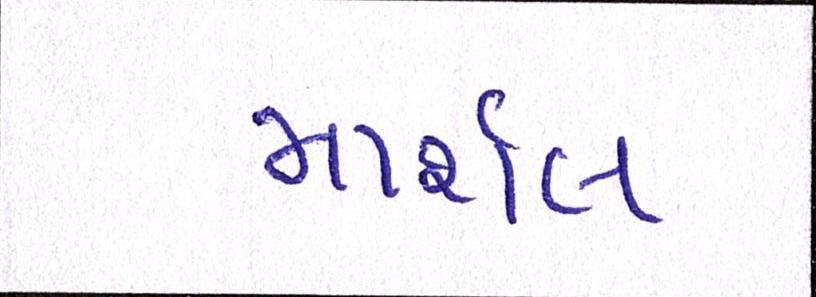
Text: માર્શલ